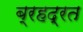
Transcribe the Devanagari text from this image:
ब्रहद्रत